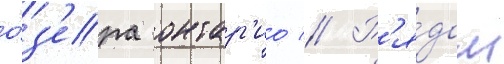
о́з'ера онтар'ио // Р'я́дом